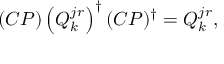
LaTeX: ( { \cal C P } ) \left( Q _ { k } ^ { j r } \right) ^ { \dagger } ( { \cal C P } ) ^ { \dagger } = Q _ { k } ^ { j r } ,